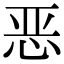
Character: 恶